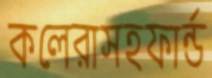
কলেরাসহফার্ন্ড